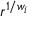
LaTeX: r ^ { 1 / w _ { i } }